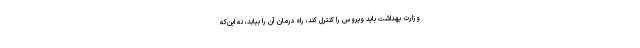
وزارت بهداشت باید ویروس را کنترل کند، راه درمان آن را بیابد، نه این‌که